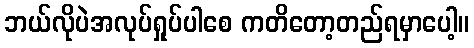
ဘယ်လိုပဲအလုပ်ရှုပ်ပါစေ ကတိတော့တည်ရမှာပေါ့။